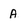
Character: A